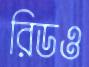
রিডও